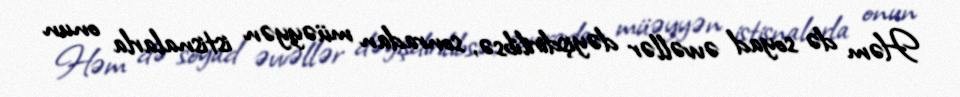
Həm də soyad əvvəllər dəyişdirilibsə, sonradan müəyyən istisnalarla onun